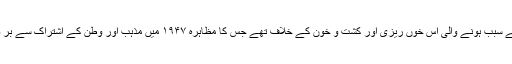
ہاں وہ مذہبی شدت پسندی کے سبب ہونے والی اس خوں ریزی اور کشت و خون کے خلاف تھے جس کا مظاہرہ ۱۹۴۷ میں مذہب اور وطن کے اشتراک سے بر صغیر ہندو پاک میں کیا گیا۔